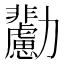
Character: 𠣊